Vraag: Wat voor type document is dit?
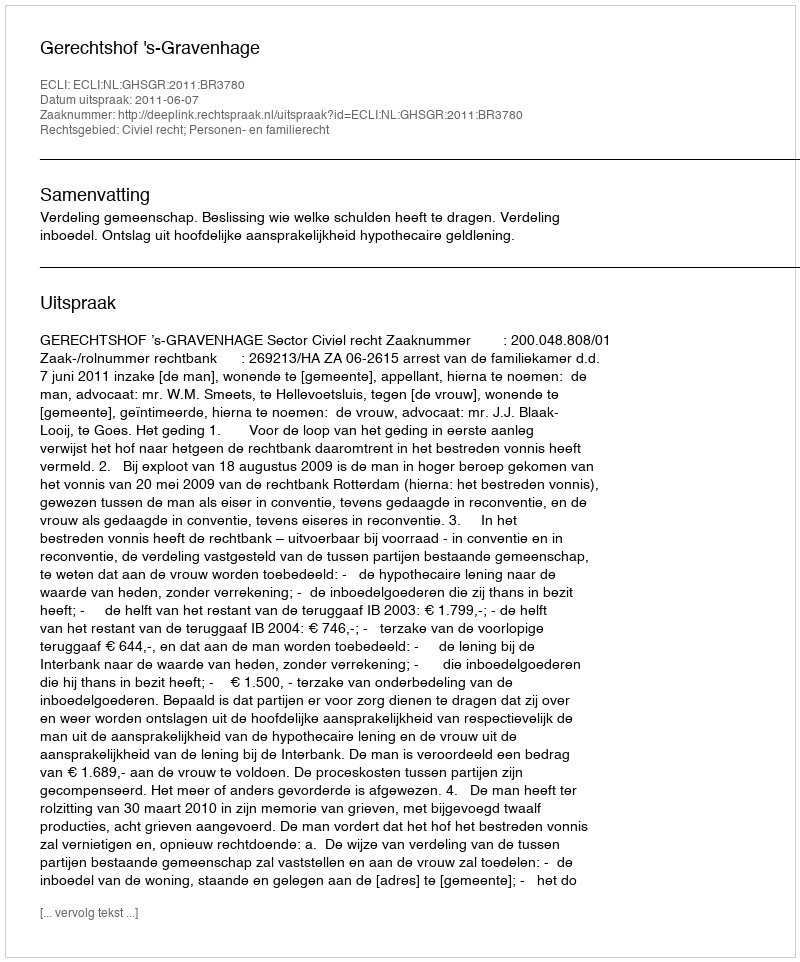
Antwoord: Uitspraak